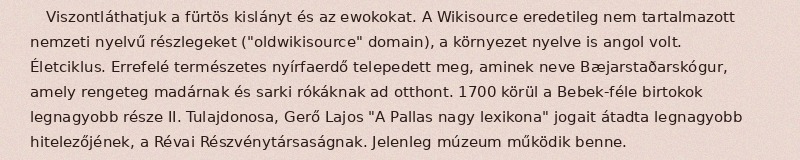
Viszontláthatjuk a fürtös kislányt és az ewokokat. A Wikisource eredetileg nem tartalmazott nemzeti nyelvű részlegeket ("oldwikisource" domain), a környezet nyelve is angol volt. Életciklus. Errefelé természetes nyírfaerdő telepedett meg, aminek neve Bæjarstaðarskógur, amely rengeteg madárnak és sarki rókáknak ad otthont. 1700 körül a Bebek-féle birtokok legnagyobb része II. Tulajdonosa, Gerő Lajos "A Pallas nagy lexikona" jogait átadta legnagyobb hitelezőjének, a Révai Részvénytársaságnak. Jelenleg múzeum működik benne.